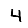
Digit: 4